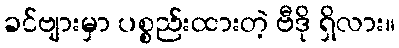
ခင်ဗျားမှာ ပစ္စည်းထားတဲ့ ဗီဒို ရှိလား။